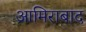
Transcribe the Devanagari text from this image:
आमिराबाद